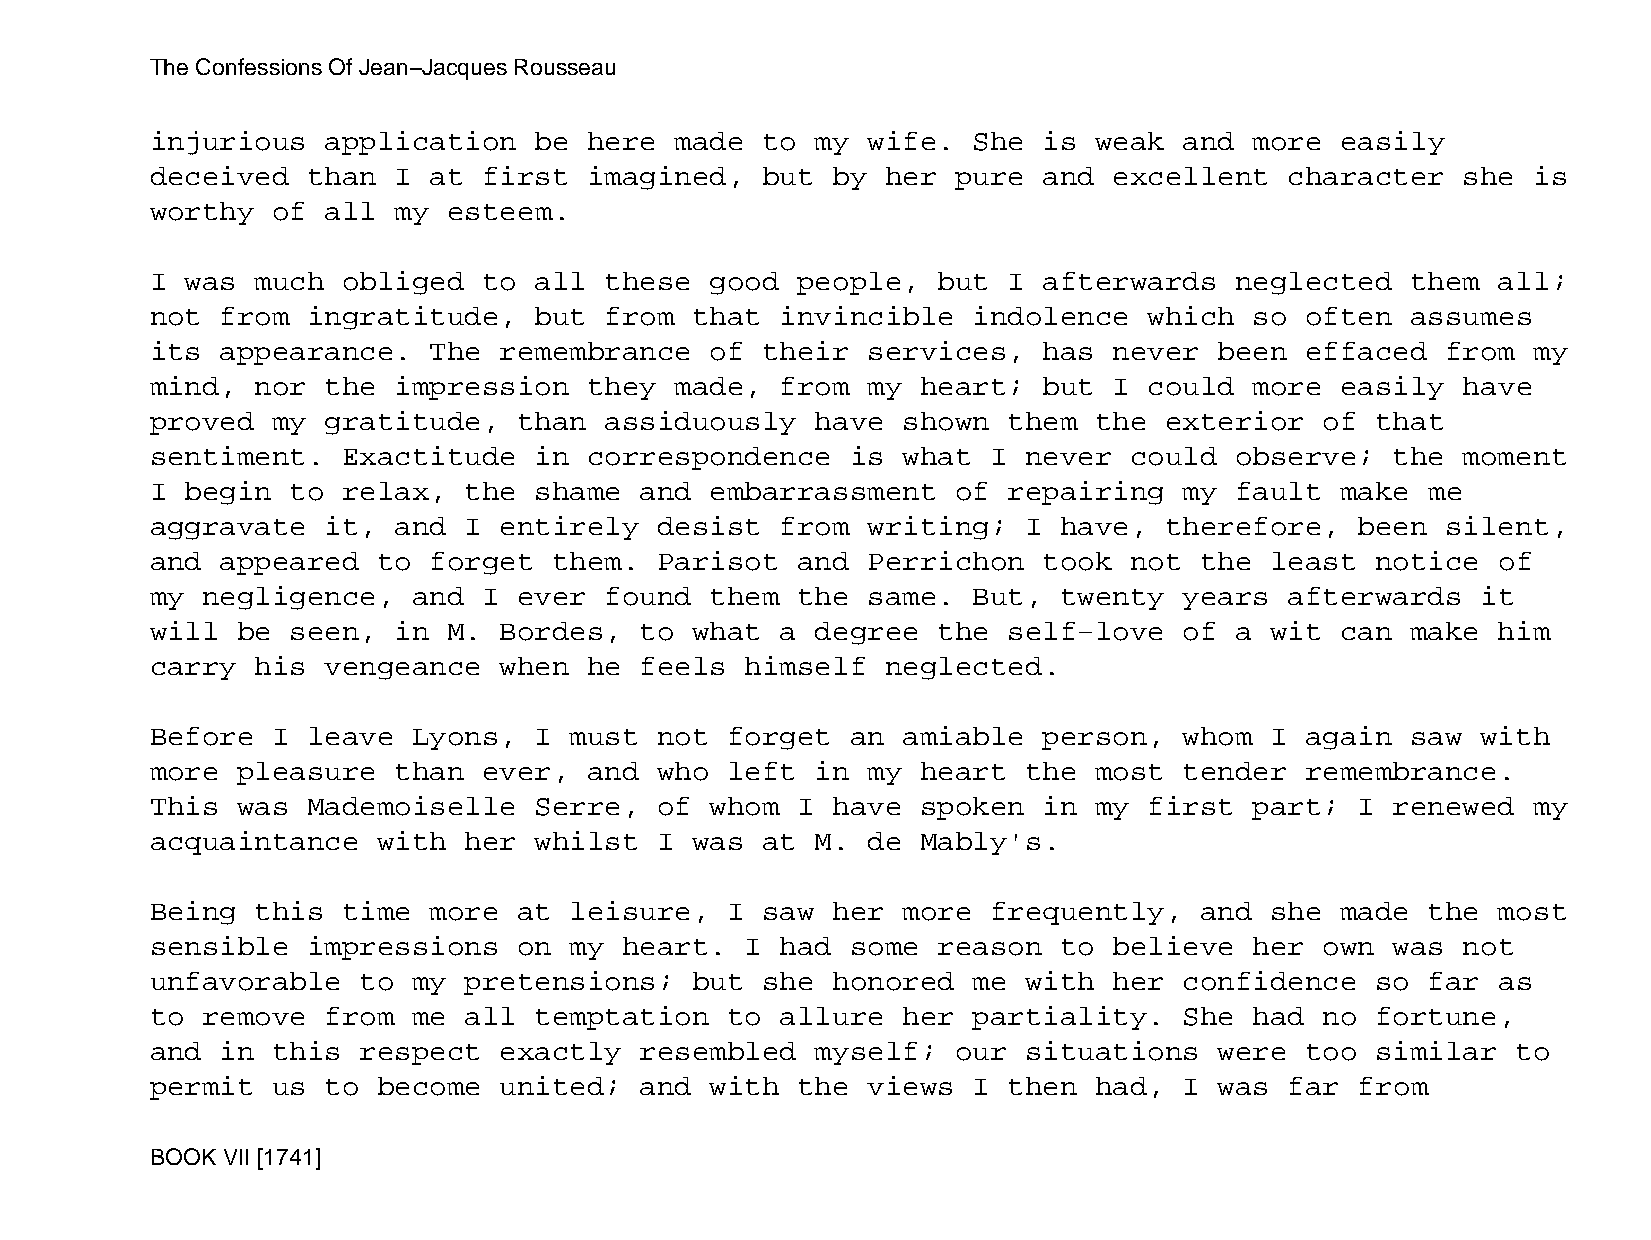
The Confessions Of Jean−Jacques Rousseau
 injurious   application  be  here  made to  my wife.  She  is weak  and  more  easily
 deceived  than  I at  first  imagined,  but  by  her pure  and  excellent  character   she is
 worthy  of  all my  esteem.
 I was  much  obliged  to all  these  good  people,  but  I afterwards   neglected  them  all;
 not  from ingratitude,   but  from  that  invincible  indolence   which  so often  assumes
 its  appearance.  The  remembrance   of their  services,   has  never  been effaced   from my
 mind,  nor  the impression   they  made,  from my  heart;  but  I could  more  easily  have
 proved  my  gratitude,  than  assiduously   have  shown  them the  exterior   of that
 sentiment.   Exactitude  in  correspondence   is  what  I never  could  observe;  the  moment
 I begin  to  relax,  the shame  and  embarrassment   of  repairing  my  fault  make  me
 aggravate   it, and  I entirely   desist  from writing;   I have,  therefore,   been  silent,
 and  appeared  to forget   them.  Parisot  and Perrichon   took  not the  least  notice  of
 my negligence,   and  I ever  found  them  the same.  But,  twenty  years  afterwards   it
 will  be seen,  in  M. Bordes,  to  what  a degree  the  self−love  of  a wit  can make  him
 carry  his  vengeance  when  he feels  himself   neglected.
 Before  I leave  Lyons,  I  must  not forget  an  amiable  person,  whom  I again  saw  with
 more  pleasure  than  ever,  and  who left  in my  heart  the most  tender  remembrance.
 This  was Mademoiselle   Serre,   of whom  I have  spoken  in my  first  part;  I renewed  my
 acquaintance   with  her whilst   I was at  M. de  Mably's.
 Being  this  time more  at  leisure,  I saw  her  more  frequently,  and  she  made  the most
 sensible  impressions   on  my heart.  I  had some  reason  to  believe  her  own was  not
 unfavorable   to my  pretensions;   but she  honored  me  with  her confidence   so  far as
 to remove   from me  all temptation   to  allure  her partiality.   She  had  no fortune,
 and  in this  respect  exactly  resembled   myself;  our  situations   were too  similar  to
 permit  us  to become  united;  and  with  the views  I  then had,  I  was far  from
 BOOK VII [1741]